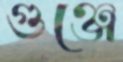
গুঞ্জে